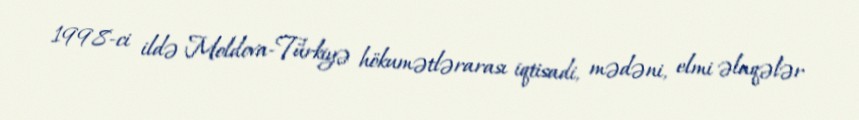
1998-ci ildə Moldova-Türkiyə hökumətlərarası iqtisadi, mədəni, elmi əlaqələr